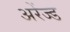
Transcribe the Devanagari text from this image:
अरेंज्ड